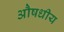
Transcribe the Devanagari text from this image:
अौषधीय